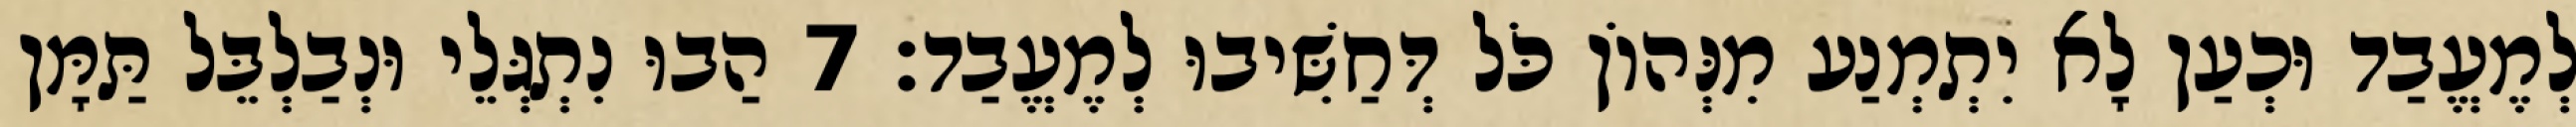
לְמֶעֱבַד וּכְעַן לָא יִתְמְנַע מִנְּהוֹן כֹּל דְּחַשִּׁיבוּ לְמֶעֱבַד׃ 7 הַבוּ נִתְגְּלֵי וּנְבַלְבֵּל תַּמָּן